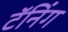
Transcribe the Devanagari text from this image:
टॅनिंग